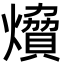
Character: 燲